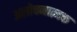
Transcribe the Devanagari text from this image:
अलोचनात्मक